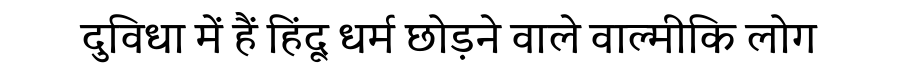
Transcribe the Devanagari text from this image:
दुविधा में हैं हिंदू धर्म छोड़ने वाले वाल्मीकि लोग